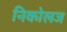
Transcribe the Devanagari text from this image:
निकोलज